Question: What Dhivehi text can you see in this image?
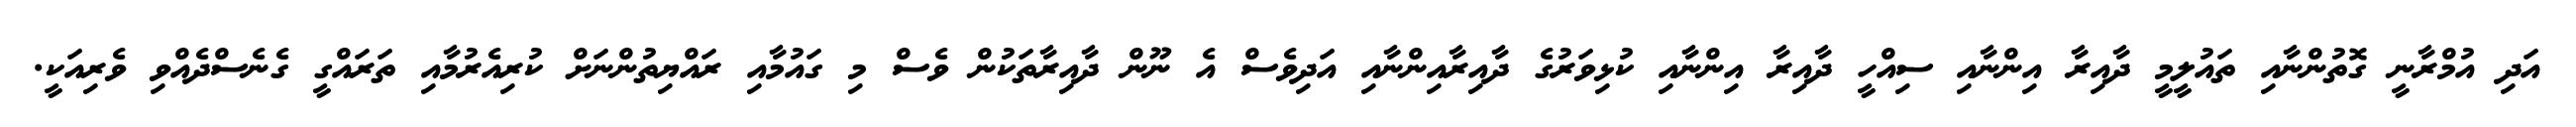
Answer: އަދި އުމްރާނީ ގޮތުންނާއި ތައުލީމީ ދާއިރާ އިންނާއި ސިއްހީ ދާއިރާ އިންނާއި ކުޅިވަރުގެ ދާއިރާއިންނާއި އަދިވެސް އެ ނޫން ދާއިރާތަކުން ވެސް މި ގައުމާއި ރައްޔިތުންނަށް ކުރިއެރުމާއި ތަރައްގީ ގެނެސްދެއްވި ވެރިއަކީ.